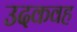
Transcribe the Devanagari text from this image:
उदकवह